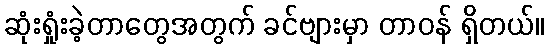
ဆုံးရှုံးခဲ့တာတွေအတွက် ခင်ဗျားမှာ တာဝန် ရှိတယ်။